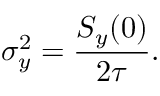
\sigma _ { y } ^ { 2 } = \frac { S _ { y } ( 0 ) } { 2 \tau } .